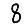
Digit: 8